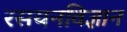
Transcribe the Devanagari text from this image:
रसयनविज्ञान